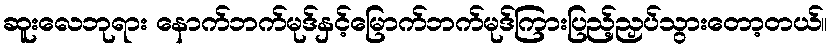
ဆူးလေဘုရား နောက်ဘက်မုဒ်နှင့်မြောက်ဘက်မုဒ်ကြားပြည့်ညှပ်သွားတော့တယ်။